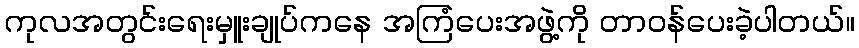
ကုလအတွင်းရေးမှူးချုပ်ကနေ အကြံပေးအဖွဲ့ကို တာဝန်ပေးခဲ့ပါတယ်။